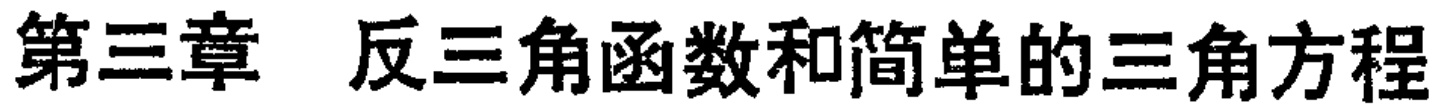
第三章 反三角函数和简单的三角方程